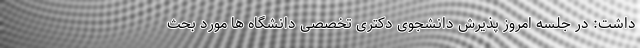
داشت: در جلسه امروز پذیرش دانشجوی دکتری تخصصی دانشگاه ها مورد بحث